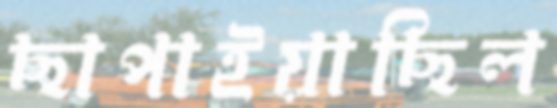
ছাপাইয়াছিল